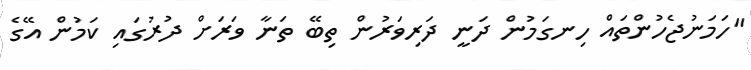
"ހަމަނުޖެހުންތައް ހިނގަމުން ދަނީ ދަރިވަރުން ތިބޭ ތަނާ ވަރަށް ދުރުގައި ކަމުން އޭގެ